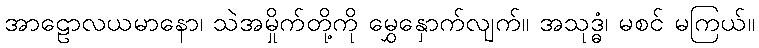
အာဠောလယမာနော၊ သဲအမှိုက်တို့ကို မွှေနှောက်လျက်။ အသုဒ္ဓံ၊ မစင် မကြယ်။